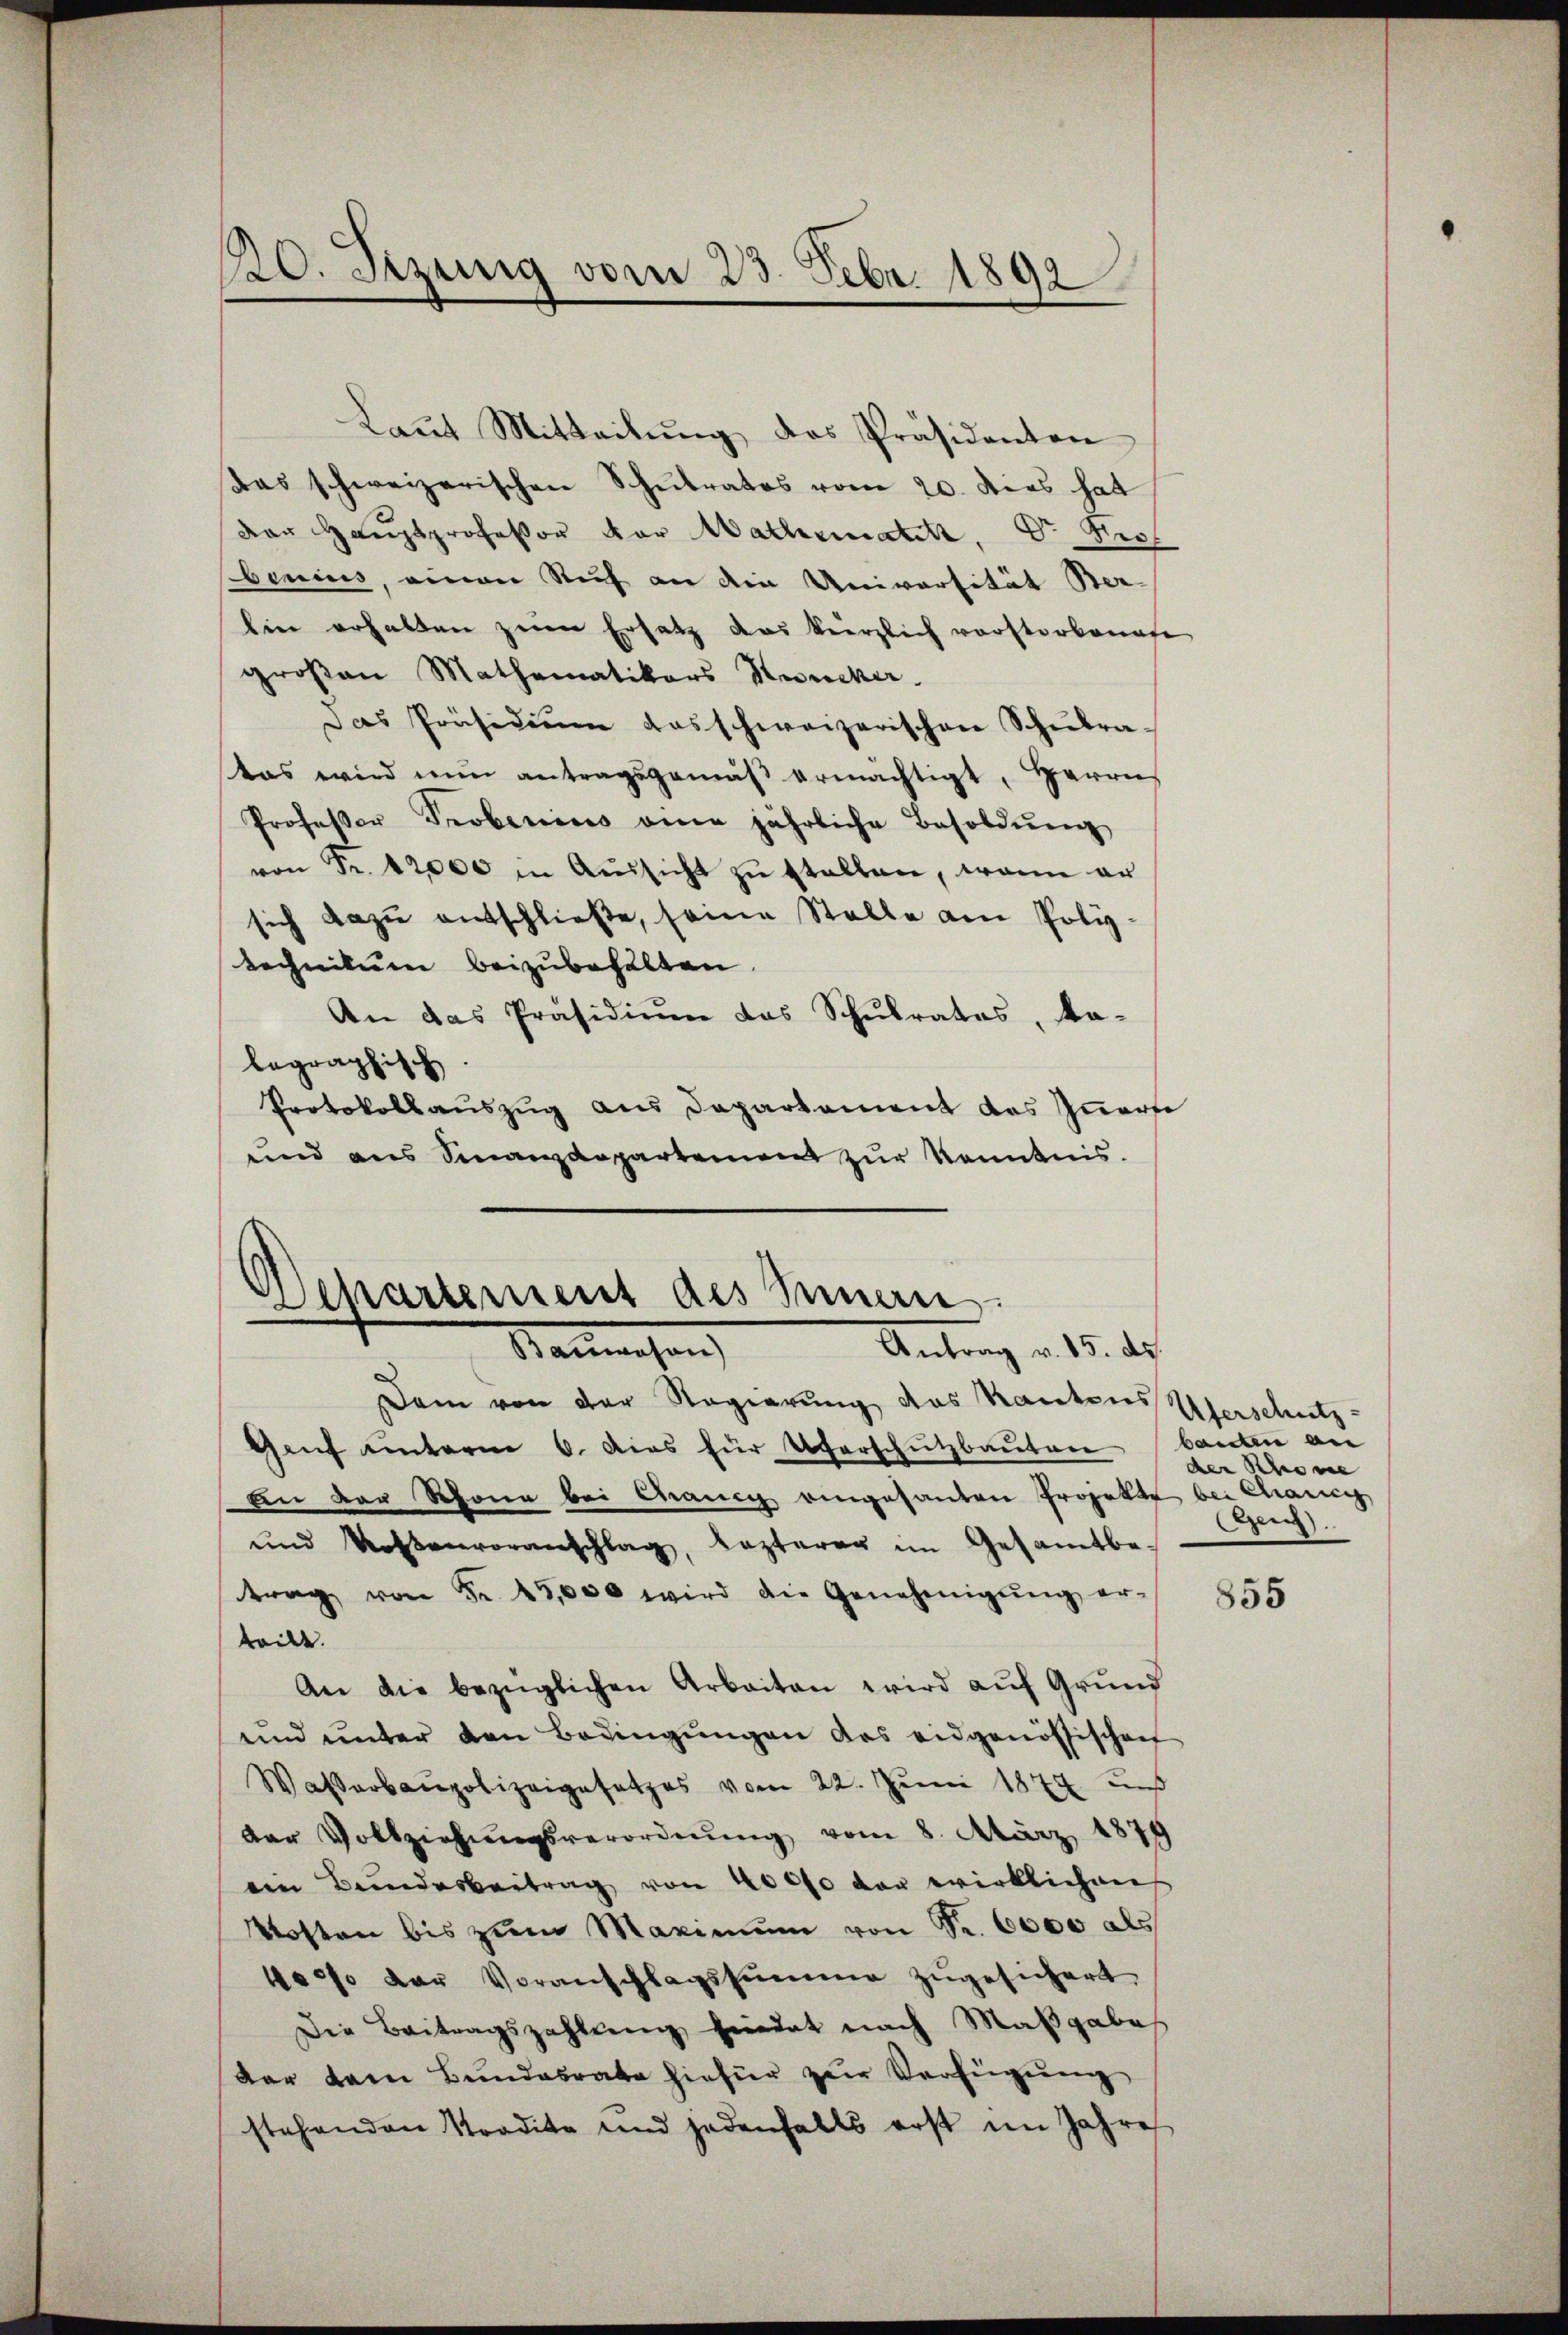
20. Sizung vom 23. Febr. 1892

Laŭt Mitteilŭng des Präsidenten
das schweizerischen Schŭlrates vom 20. dies hat
dar Hauptprofessor vor Mathematist, Dr. Prof
benius, einen Ruf an die Universität Berlin erhalten zum Ersatz das kürzlich vorstorbenafe
großen Mathematikers Keucker.
Das Präsidiŭm das schweizerischen Schŭlra-
tas wird nun antragsgemäβ ermächtigt, Herrn
Professor Probenius eine jährliche Besoldŭng
von Fr. 12000 in Aŭssicht zŭ stellen, wenn er
sich dazŭ entschließe, seine Stelle am Poliz-
technikum beizubehalten.
An das Präsidium das Schulrates, da-
legraphisch
Protokollauszug aus Departement das Innerse
und aus Finanzdepartement zur Kenntnis.

Departement des Innern.
Antrag v. 15. ds.
Nanesen

Dem von der Regierung des Kantons Uferschutz-
Genf unterm 6. dies für Uferschutzbaŭten bauten an
An der Schöne bei Chancy eingesanten Projekte bei Chang
und Kostenvoranschlag, lezterer im Gesamtbe-
trag von Fr. 45,000 wird die Genehmigŭng er-
teilt.
An die bezüglichen Arbeiten wird auf Grund
und unter den Bedingungen das eidgenössischen
Wasserbaupolizeigesetzes vom 22. Juni 1874 und
der Vollziehŭngsverordnŭng vom 8. März 1879
ein Bundesbeitrag von 40000 vor wirklichen
Mosten bis zum Maximŭm von Sr. 6000 als
100% der Voranschlagssumme zugesichert
Die Beitragszahlung hierdat nach Maßgabe
dar dem Bundesrate hiefür zur Verfügung
stehenden Tradita und jedenfalls erst im Jahre

der Schöne
Aen).

855